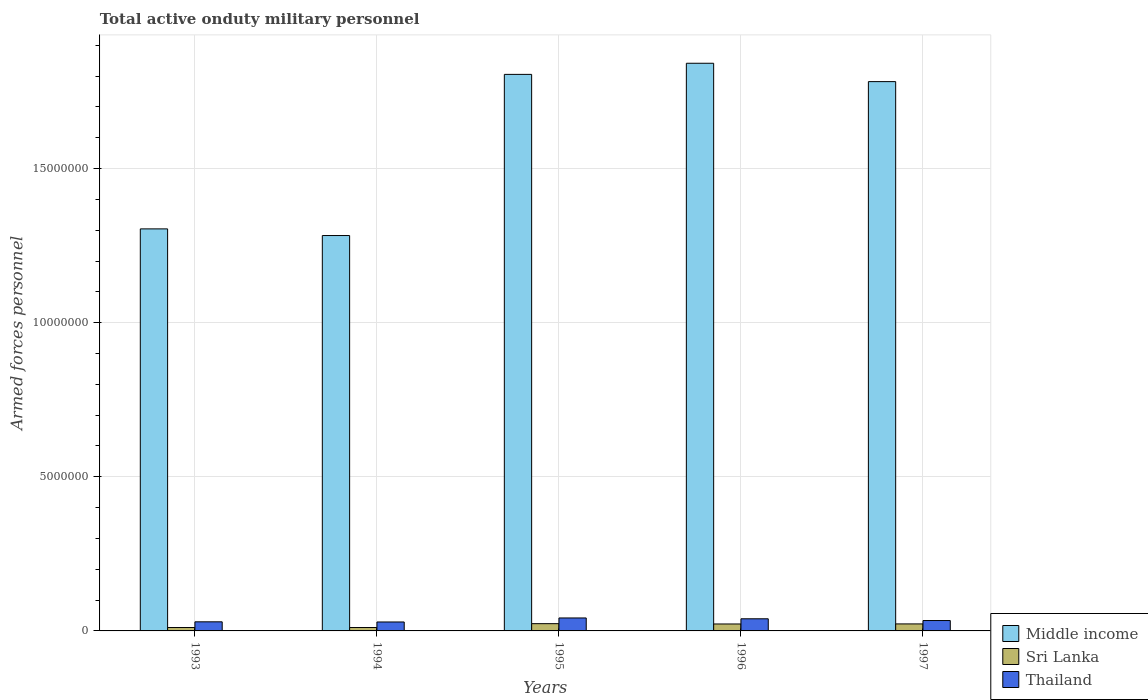
| Years | Middle income | Sri Lanka | Thailand |
 | --- | --- | --- | --- |
 | 1993 | 1.3e+07 | 1.1e+05 | 2.95e+05 |
 | 1994 | 1.28e+07 | 1.1e+05 | 2.9e+05 |
 | 1995 | 1.81e+07 | 2.36e+05 | 4.20e+05 |
 | 1996 | 1.84e+07 | 2.25e+05 | 3.94e+05 |
 | 1997 | 1.78e+07 | 2.27e+05 | 3.37e+05 |